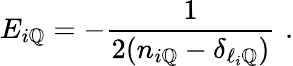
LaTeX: E_{i\mathbb{Q}}=-\frac{{1}}{{2(n_{i\mathbb{Q}}-\delta_{\ell_{i}\mathbb{Q}})}}\, \, .